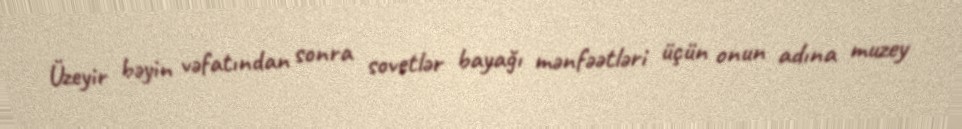
Üzeyir bəyin vəfatından sonra sovetlər bayağı mənfəətləri üçün onun adına muzey